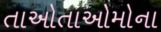
તાઓતાઓમોના